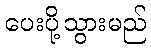
ပေးပို့သွားမည်